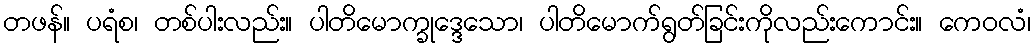
တဖန်။ ပရံစ၊ တစ်ပါးလည်း။ ပါတိမောက္ခုဒ္ဒေသော၊ ပါတိမောက်ရွတ်ခြင်းကိုလည်းကောင်း။ ကေဝလံ၊